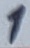
Text: 1